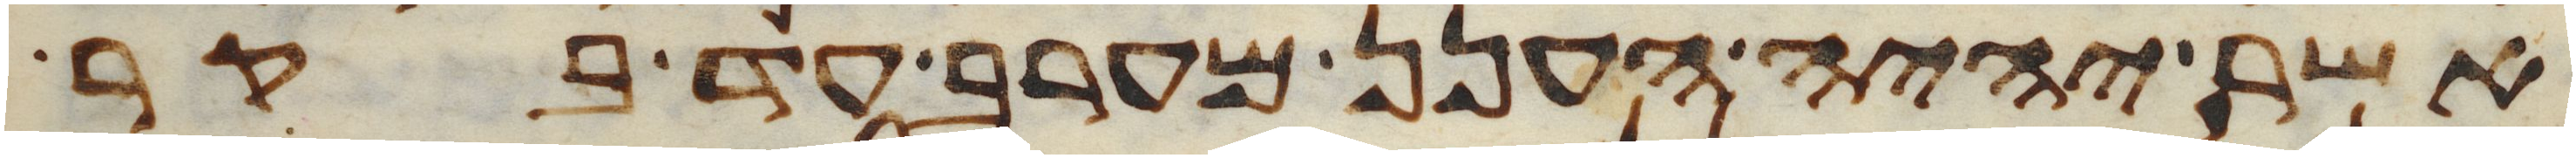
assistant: אשר יהיה הענן מערב עד בקר